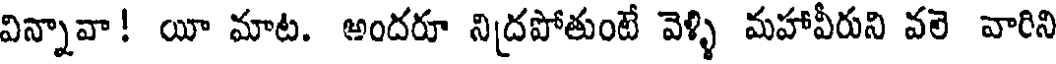
విన్నావా! యీ మాట. అందరూ నిద్రపోతుంటే వెళ్ళి మహావీరుని వలె వారిని